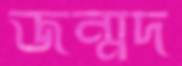
জন্মদ